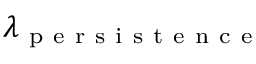
\lambda _ { \mathrm { ~ p ~ e ~ r ~ s ~ i ~ s ~ t ~ e ~ n ~ c ~ e ~ } }